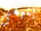
ينبغى